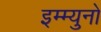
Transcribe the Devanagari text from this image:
इम्म्युनो